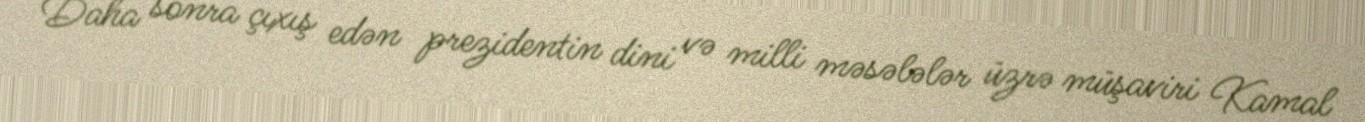
Daha sonra çıxış edən prezidentin dini və milli məsələlər üzrə müşaviri Kamal